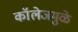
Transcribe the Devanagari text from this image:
कॉलेजमुळे